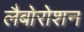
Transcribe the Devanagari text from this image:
लैबोरोशन